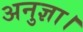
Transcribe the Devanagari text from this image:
अनुज्ञा।